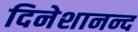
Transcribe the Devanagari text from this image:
दिनेशानन्द